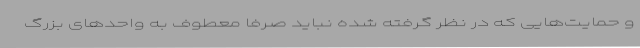
و حمایت‌هایی که در نظر گرفته شده نباید صرفا معطوف به واحدهای بزرگ